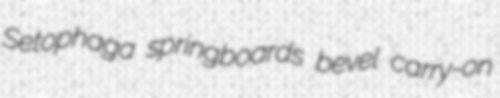
Setophaga springboards bevel carry-on